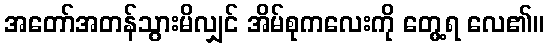
အတော်အတန်သွားမိလျှင် အိမ်စုကလေးကို တွေ့ရ လေ၏။